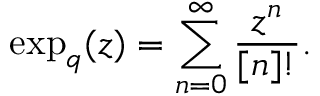
\exp _ { q } ( z ) = \sum _ { n = 0 } ^ { \infty } \frac { z ^ { n } } { [ n ] ! } .